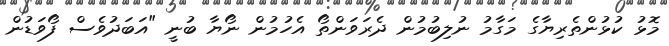
މޮޅު ކުޅުންތެރިޔާގެ މަގާމު ނުލިބުމުން ދެރަވަންތޯ އެހުމުން ނޯޔާ ބުނީ "އަބަދުވެސް ފޯވަޑުން